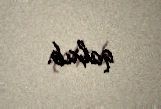
qalxıb.